Jaan_Tonisson_(Lasteleht), lk 59
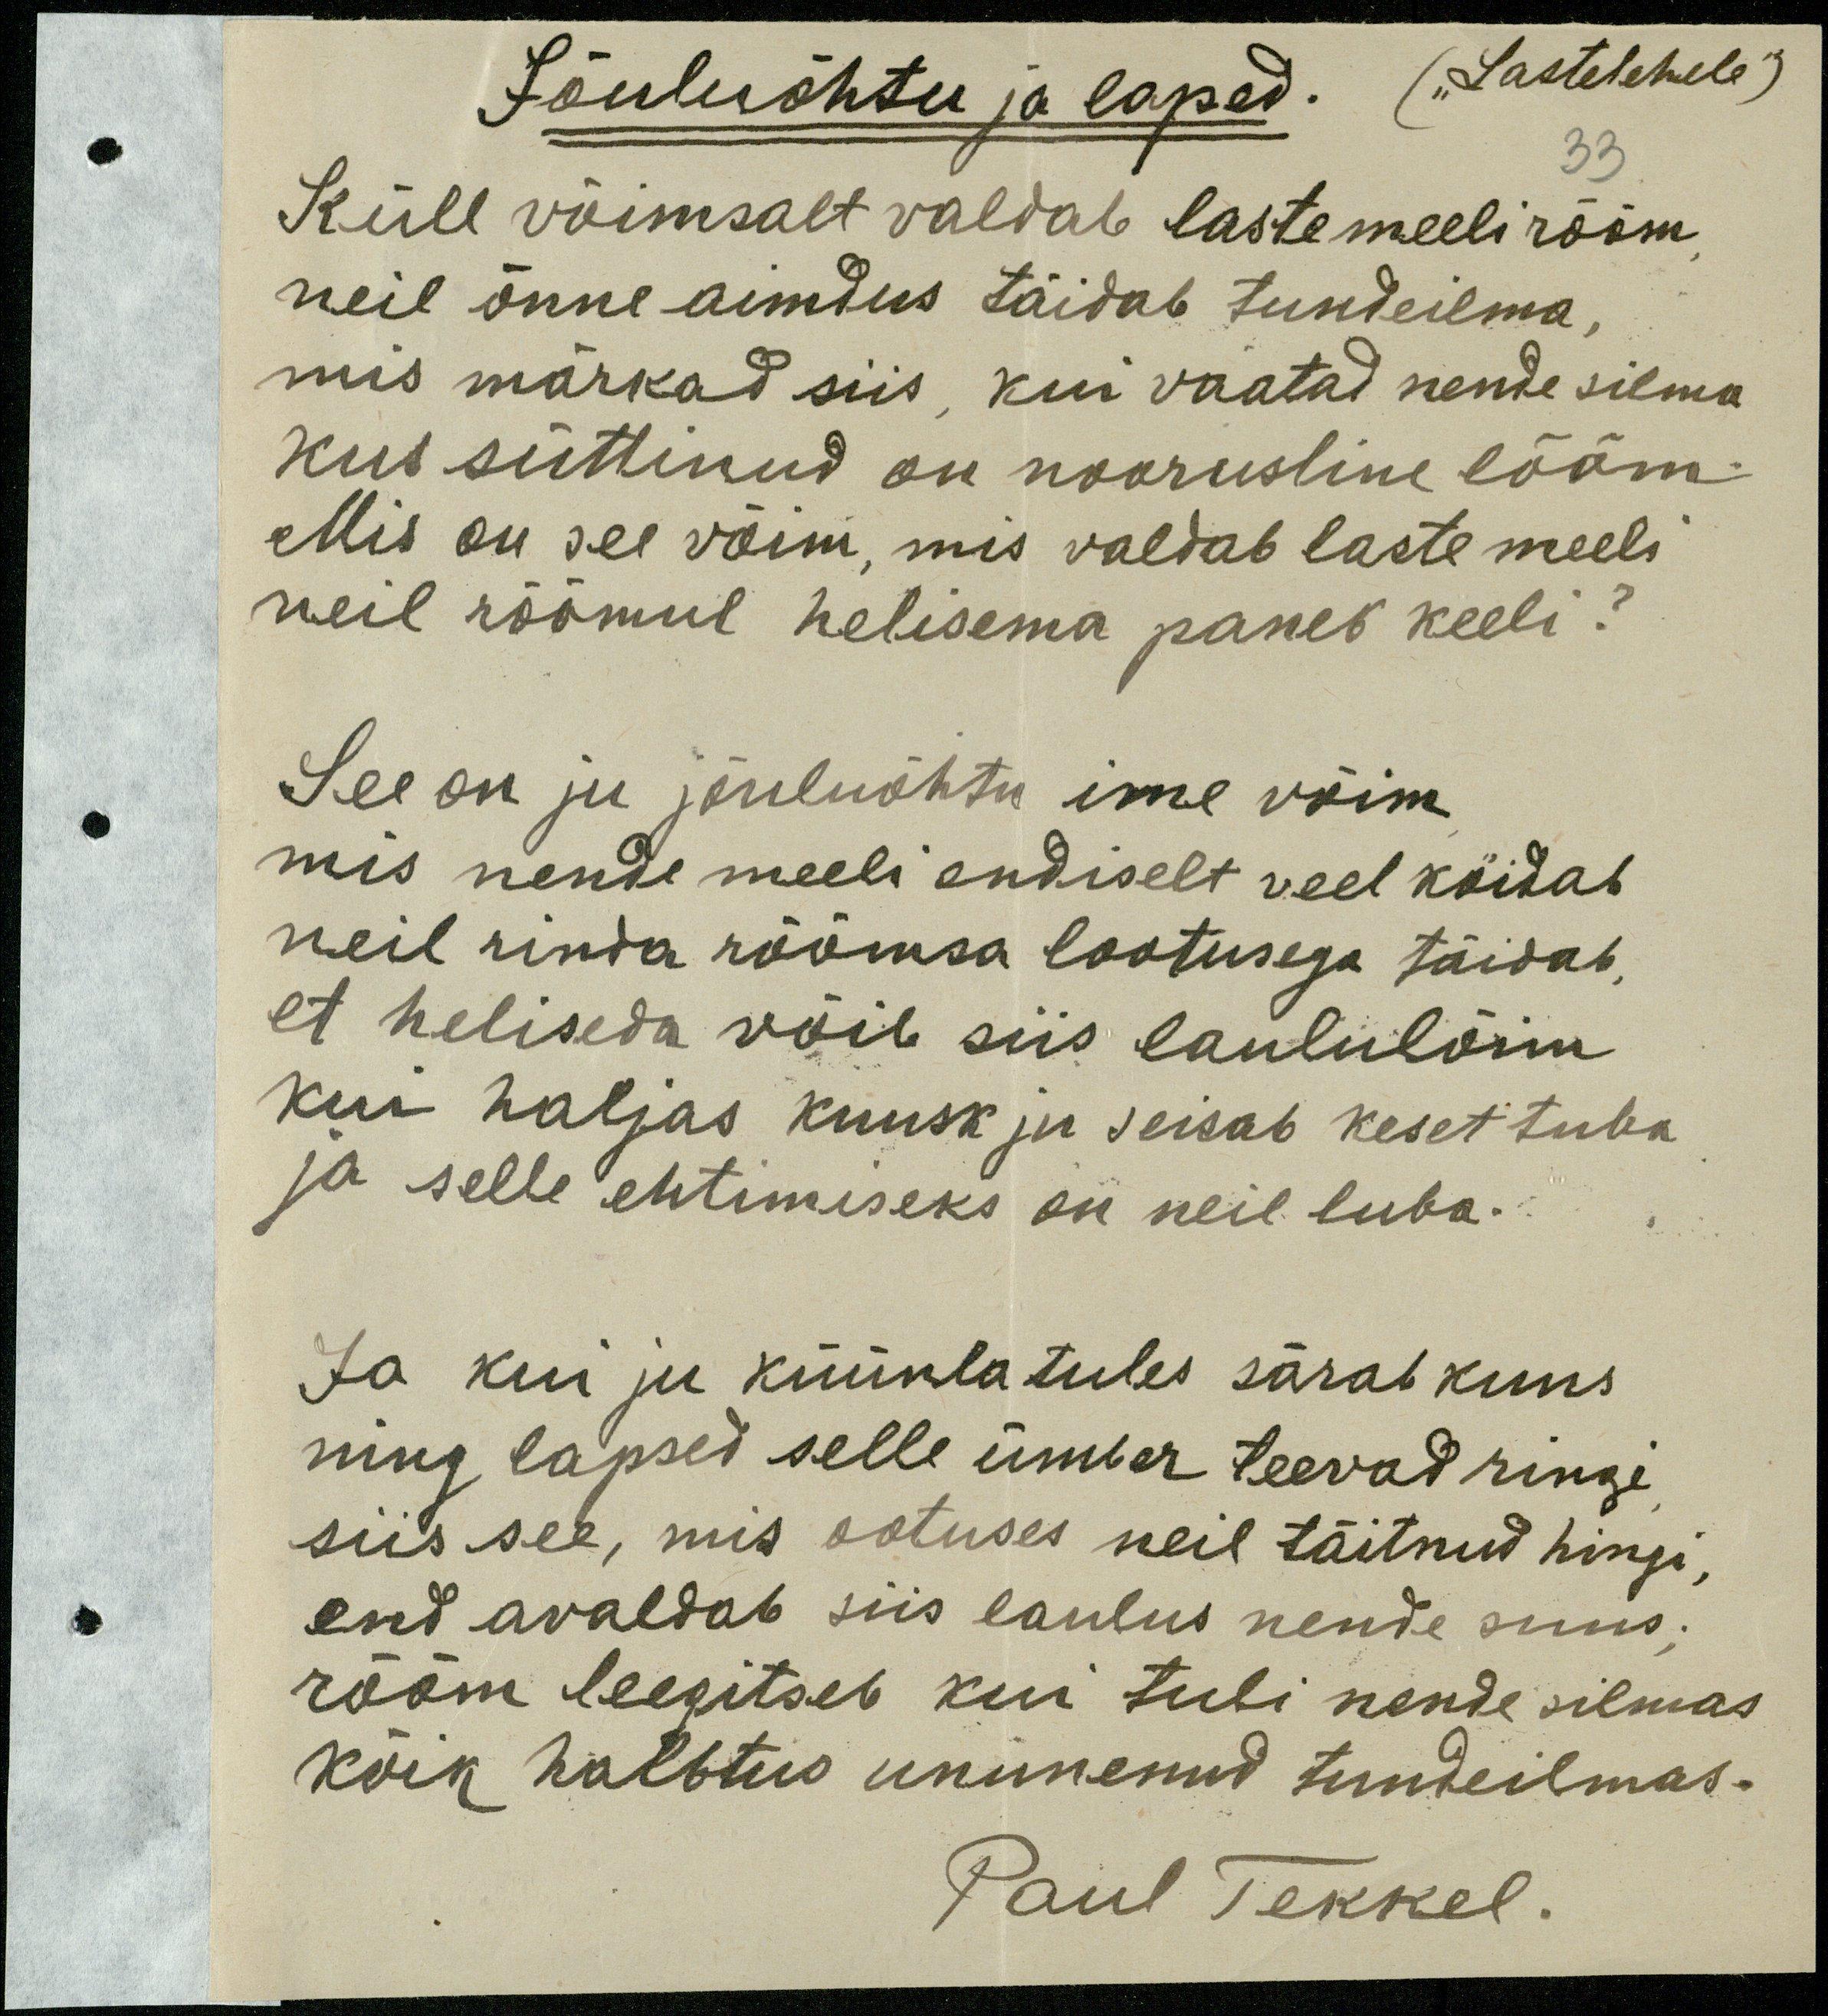
Jõuluõhtu ja lapsed.
("Lastelehele")
33
Küll võimsalt valdab laste meeli rõõm
neil õnne aimdus täidab tundeilma,
mis märkad siis, kui vaatad nende silma
kus süttinud on noorusline lõõm.
Mis on see võim, mis valdab laste meeli
neil rõõmul helisema paneb keeli?
See on ju jõuluõhtu ime võim
mis nende meeli endiselt veel köidab
neil rinda rõõmsa lootusega täidab,
et heliseda võib siis laululõim
kui haljas kuusk ju seisab keset tuba
ja selle ehtimiseks on neil luba.
Ja kui ju küünlatules särab kuus
ning lapsed selle ümber teevad ringi
siis see, mis ootuses neil täitnud hingi,
end avaldab siis laulus nende suus.
rõõm leegitseb kui tuli nende silmas.
kõik halbtus ununenud tundeilmas.
Paul Tekkel.